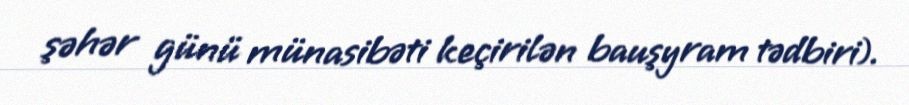
şəhər günü münasibəti keçirilən bauşyram tədbiri).